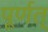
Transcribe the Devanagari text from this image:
पूर्णत्